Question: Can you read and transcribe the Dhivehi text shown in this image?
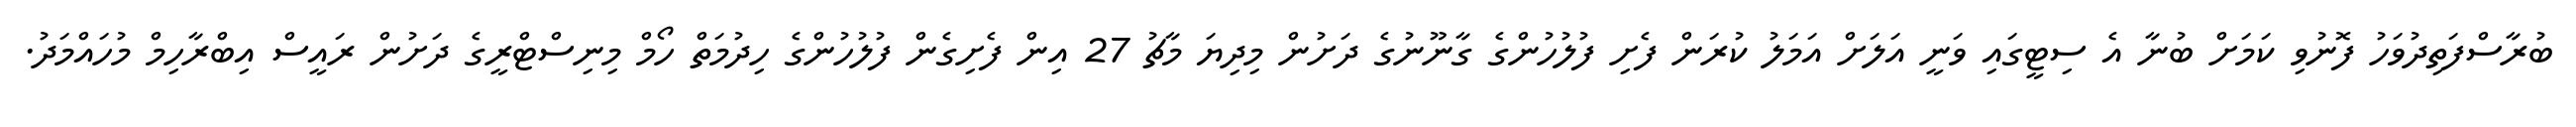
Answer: ބުރާސްފަތިދުވަހު ފޮނުވި ކަމަށް ބުނާ އެ ސިޓީގައި ވަނީ އަލަށް އަމަލު ކުރަން ފެށި ފުލުހުންގެ ގާނޫނުގެ ދަށުން މިދިޔަ މާޗު 27 އިން ފެށިގެން ފުލުހުންގެ ހިދުމަތް ހޯމް މިނިސްޓްރީގެ ދަށުން ރައީސް އިބްރާހިމް މުހައްމަދު.